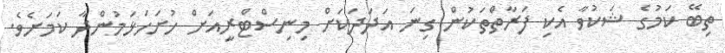
ތިބޭ ކަމުގެ ޝަކުވާ އެކި ފަރާތްތަކުން ގިނަ އަދަދަކަށް މިނިސްޓްރީއަށް ހުށަހަޅަމުންދާ ކަމަށެވެ.